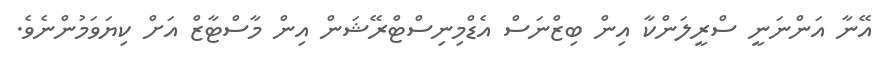
އޭނާ އަންނަނީ ސްރީލަންކާ އިން ބިޒްނަސް އެޑްމިނިސްޓްރޭޝަން އިން މާސްޓާޒް އަށް ކިޔަވަމުންނެވެ.